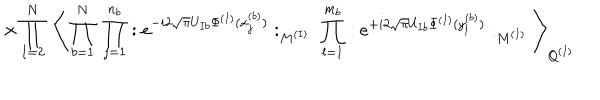
\times \prod _ { I = 2 } ^ { N } \; \Bigg \langle \prod _ { b = 1 } ^ { N } \; \prod _ { j = 1 } ^ { n _ { b } } : e ^ { - i 2 \sqrt { \pi } U _ { I b } \Phi ^ { ( I ) } ( x _ { j } ^ { ( b ) } ) } : _ { M ^ { ( I ) } } \; \prod _ { l = 1 } ^ { m _ { b } } : e ^ { + i 2 \sqrt { \pi } U _ { I b } \Phi ^ { ( I ) } ( y _ { l } ^ { ( b ) } ) } : _ { M ^ { ( I ) } } \Bigg \rangle _ { Q ^ { ( I ) } }